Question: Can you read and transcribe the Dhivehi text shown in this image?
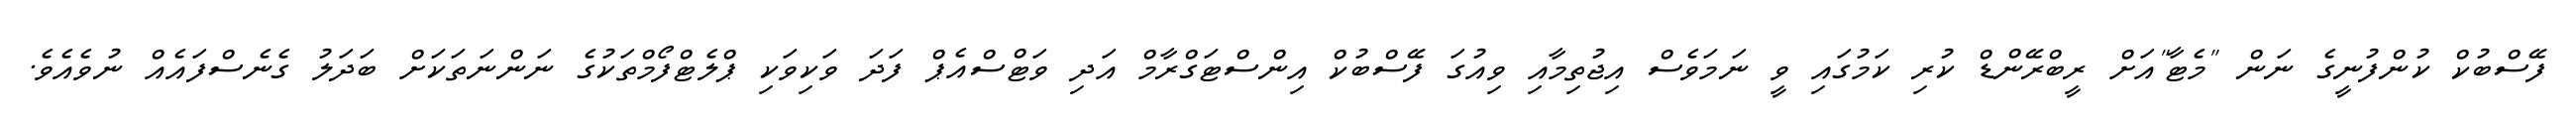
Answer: ފޭސްބުކް ކުންފުނީގެ ނަން "މެޓާ"އަށް ރީބްރޭންޑް ކުރި ކަމުގައި ވީ ނަމަވެސް އިޖުތިމާއި ވިއުގަ ފޭސްބުކް އިންސްޓަގްރާމް އަދި ވަޓްސްއެޕް ފަދަ ވަކިވަކި ޕްލެޓްފޯމްތަކުގެ ނަންނަތަކަށް ބަދަލު ގެނެސްފައެއް ނުވެއެވެ.